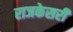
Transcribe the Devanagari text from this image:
राजकेसरी